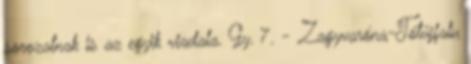
sorozatnak is az egyik viadala. Gy. 7. - Zagyvaróna-Tótújfalu